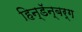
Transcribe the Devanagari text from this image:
हिन्डॅन्बर्ग